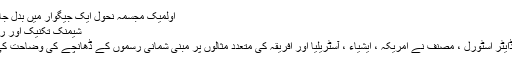
اولمیک مجسمہ نحول ایک جیگوار میں بدل جاتا ہے
شیمنک تکنیک اور روایات
ولف-ڈایٹر اسٹورل ، مصنف نے امریکہ ، ایشیاء ، آسٹریلیا اور افریقہ کی متعدد مثالوں پر مبنی شمانی رسموں کے ڈھانچے کی وضاحت کی ہے۔